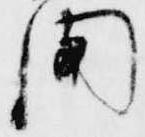
聞